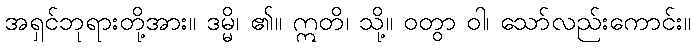
အရှင်ဘုရားတို့အား။ ဒမ္မိ၊ ၏။ ဣတိ၊ သို့။ ဝတွာ ဝါ၊ သော်လည်းကောင်း။